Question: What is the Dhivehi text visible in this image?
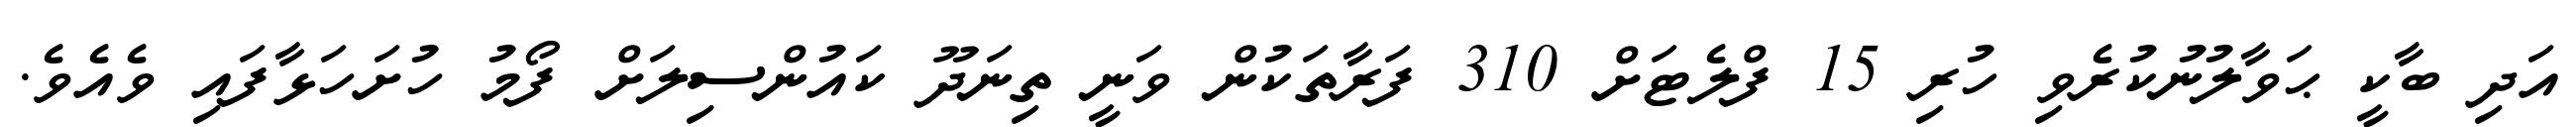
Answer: އަދި ބާކީ ޙަވާލުނުކުރެވި ހުރި 15 ފްލެޓަށް 310 ފަރާތަކުން ވަނީ ތިނަދޫ ކައުންސިލަށް ފޯމު ހުށަހަޅާފައި ވެއެވެ.